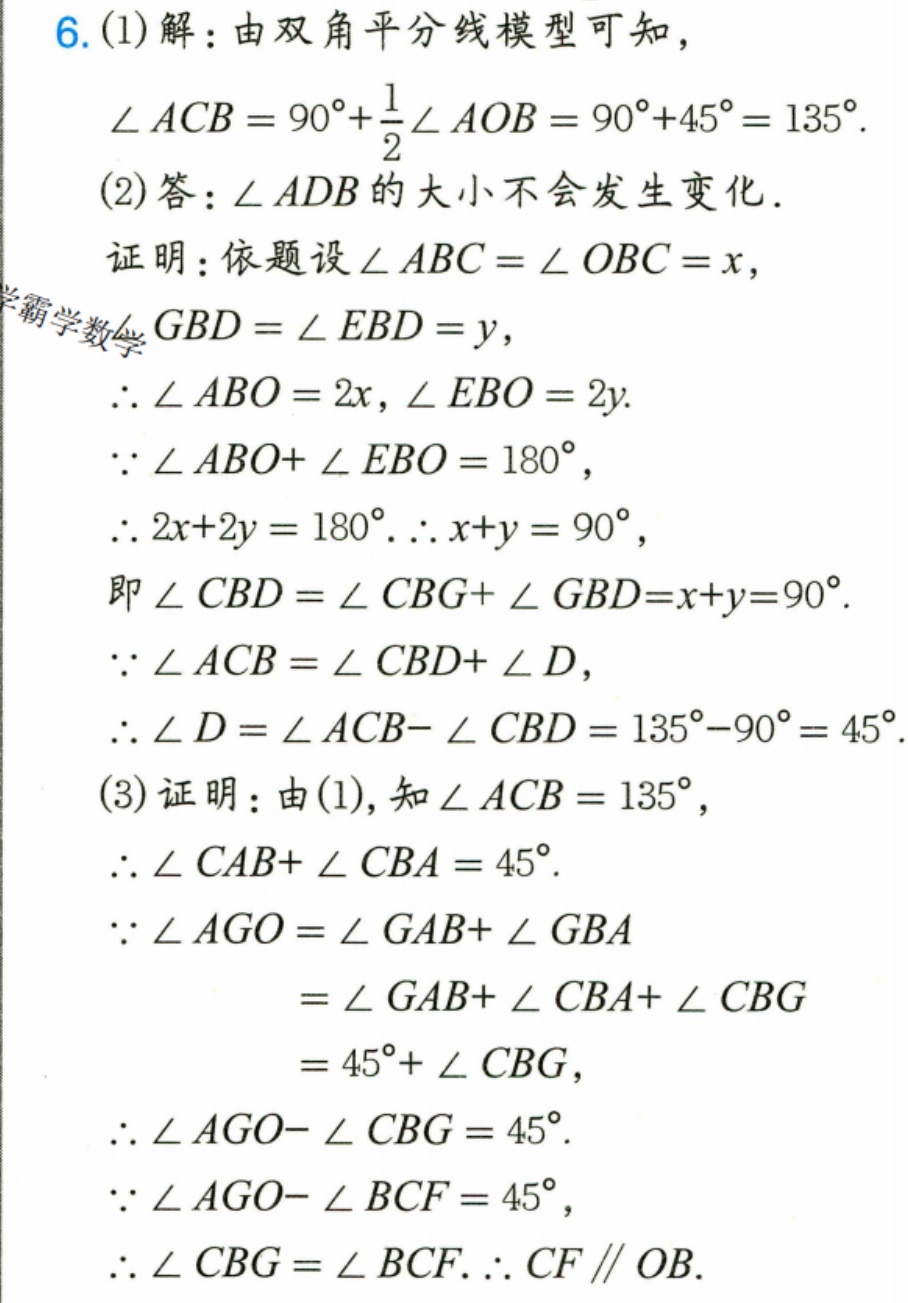
6.(1)解：由双角平分线模型可知，
\(\angle ACB = 90^{\circ}+\frac{1}{2}\angle AOB = 90^{\circ}+45^{\circ}=135^{\circ}\).
(2)答：\(\angle ADB\)的大小不会发生变化.
证明：依题设\(\angle ABC=\angle OBC = x\)，
\(\angle GBD=\angle EBD = y\)，
\(\therefore\angle ABO = 2x\)，\(\angle EBO = 2y\).
\(\because\angle ABO+\angle EBO = 180^{\circ}\)，
\(\therefore 2x + 2y=180^{\circ}\). \(\therefore x + y = 90^{\circ}\)，
即\(\angle CBD=\angle CBG+\angle GBD=x + y = 90^{\circ}\).
\(\because\angle ACB=\angle CBD+\angle D\)，
\(\therefore\angle D=\angle ACB-\angle CBD = 135^{\circ}-90^{\circ}=45^{\circ}\).
(3)证明：由(1),知\(\angle ACB = 135^{\circ}\)，
\(\therefore\angle CAB+\angle CBA = 45^{\circ}\).
\(\because\angle AGO=\angle GAB+\angle GBA\)
\(=\angle GAB+\angle CBA+\angle CBG\)
\(=45^{\circ}+\angle CBG\)，
\(\therefore\angle AGO-\angle CBG = 45^{\circ}\).
\(\because\angle AGO-\angle BCF = 45^{\circ}\)，
\(\therefore\angle CBG=\angle BCF\). \(\therefore CF\parallel OB\).